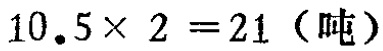
\(10.5\times 2 =21（吨）\)